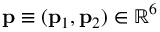
\ensuremath { \mathbf { p } } \equiv ( \ensuremath { \mathbf { p } } _ { 1 } , \ensuremath { \mathbf { p } } _ { 2 } ) \in \mathbb { R } ^ { 6 }